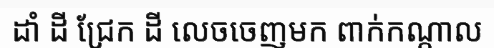
ដាំ ដី ជ្រែក ដី លេចចេញមក ពាក់កណ្តាល